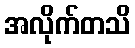
အလိုက်တသိ